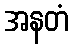
အနတံ